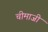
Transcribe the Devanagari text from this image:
चीमाजी